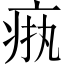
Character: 𬏧